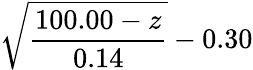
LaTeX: \displaystyle{\sqrt{\frac{100.00-z}{0.14}}-0.30}